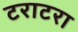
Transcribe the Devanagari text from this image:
टराटरा